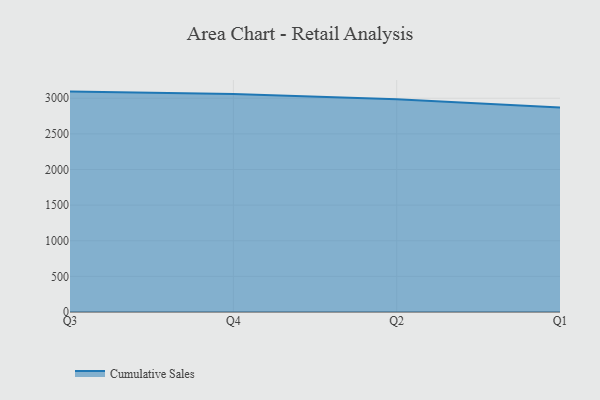
{"axis": {"x": "Quarter", "y": "Customer Acquisition Cost (USD)"}, "legend": ["Cumulative Sales"], "data": [{"x": "Q3", "y": 3093.2, "type": "Cumulative Sales"}, {"x": "Q4", "y": 3060.4, "type": "Cumulative Sales"}, {"x": "Q2", "y": 2985.6, "type": "Cumulative Sales"}, {"x": "Q1", "y": 2871.6, "type": "Cumulative Sales"}]}